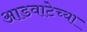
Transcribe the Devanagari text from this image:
आडवाटेच्या